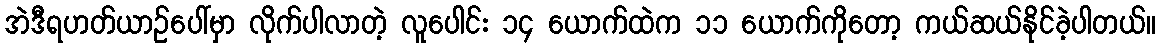
အဲဒီရဟတ်ယာဉ်ပေါ်မှာ လိုက်ပါလာတဲ့ လူပေါင်း ၁၄ ယောက်ထဲက ၁၁ ယောက်ကိုတော့ ကယ်ဆယ်နိုင်ခဲ့ပါတယ်။